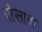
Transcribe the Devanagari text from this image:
रोसारा